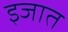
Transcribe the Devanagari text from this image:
इजात